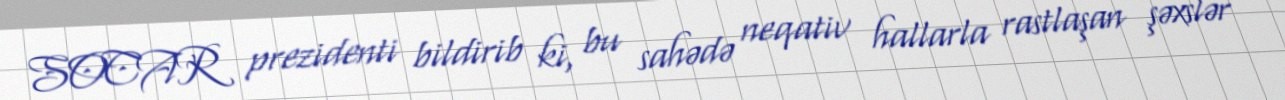
SOCAR prezidenti bildirib ki, bu sahədə neqativ hallarla rastlaşan şəxslər